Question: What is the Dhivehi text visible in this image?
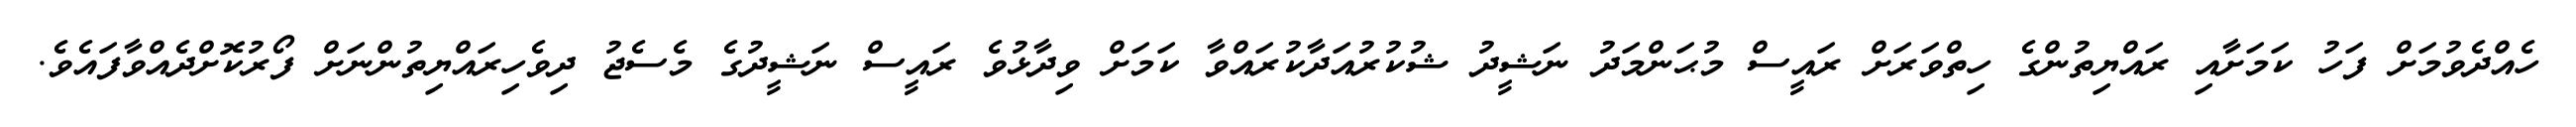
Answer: ހެއްދެވުމަށް ފަހު ކަމަށާއި ރައްޔިތުންގެ ހިތްވަރަށް ރައީސް މުޙަންމަދު ނަޝީދު ޝުކުރުއަދާކުރައްވާ ކަމަށް ވިދާޅުވެ ރައީސް ނަޝީދުގެ މެސެޖު ދިވެހިރައްޔިތުންނަށް ފޯރުކޮށްދެއްވާފައެވެ.